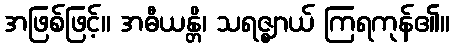
အဖြစ်ဖြင့်။ အဓီယန္တိ၊ သရဇ္ဈာယ် ကြရကုန်၏။